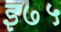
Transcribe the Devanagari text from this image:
इ७५